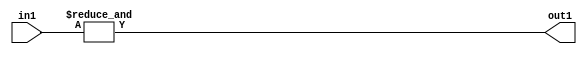
`timescale 1ps / 1ps
/*****************************************************************************
    Verilog RTL Description
    
    
    Created by: Stratus DpOpt 2019.1.01 
*******************************************************************************/

module st_feature_addr_gen_AndReduction_2S_1U_4_1 (
	in1,
	out1
	); /* architecture "behavioural" */ 
input [1:0] in1;
output  out1;
wire  asc001;

assign asc001 = 
	(&in1);

assign out1 = asc001;
endmodule

/* CADENCE  urb4TgE= : u9/ySgnWtBlWxVPRXgAZ4Og= ** DO NOT EDIT THIS LINE ******/